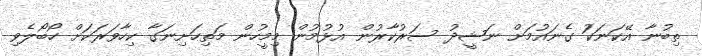
ތިބުނާ އޭކަނަކަު ގެނައުމަށް ނަޝީދު ސަރުކާރުން އުޅުމުން މިމީހުން މަތިހަށިނަގާ ކިހާވަރަކަށް ހޯބޯލެވި